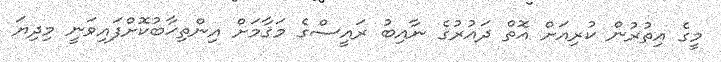
މީގެ އިތުރުން ކުރިއަށް އޮތް ދައުރުގެ ނާއިބު ރައީސްގެ މަޤާމަށް އިންތިޚާބުކޮށްފައިވަނީ މިދިޔަ